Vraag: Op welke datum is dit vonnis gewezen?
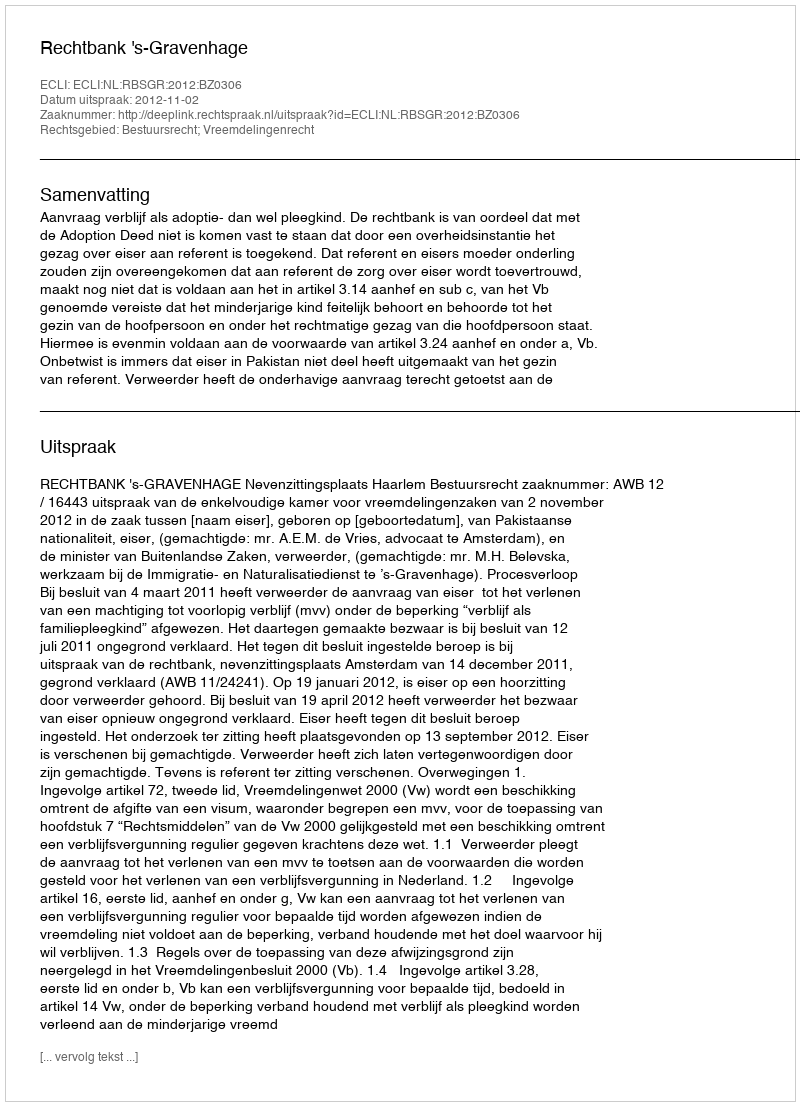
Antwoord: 2012-11-02